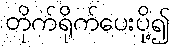
တိုက်ရိုက်ပေးပို့၍